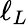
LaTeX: \ell_{L}